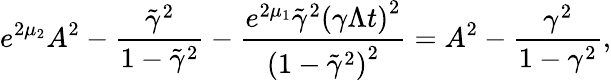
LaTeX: e^{2\mu_{2}}A^{2}-\frac{\tilde{\gamma}^{2}}{1-\tilde{\gamma}^{2}}-\frac{e^{2\mu_{1}}\tilde{\gamma}^{2}\left(\gamma\Lambda t\right)^{2}}{\left(1-\tilde{\gamma}^{2}\right)^{2}}=A^{2}-\frac{\gamma^{2}}{1-\gamma^{2}},